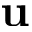
\bf { u }